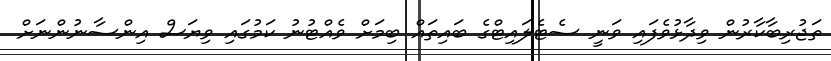
ތަޖުރިބާކާރުން ވިދާޅުވެފައި ވަނީ ސެޓެލައިޓްގެ ބައިތައް ބިމަށް ވެއްޓުނު ކަމުގައި ވިޔަސް އިންސާނުންނަށް